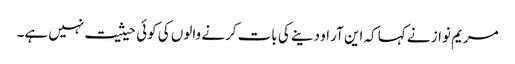
مریم نواز نے کہا کہ این آر او دینے کی بات کرنے والوں کی کوئی حیثیت نہیں ہے۔